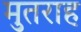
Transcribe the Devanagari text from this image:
मुतराह